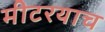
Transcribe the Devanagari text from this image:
मीटरयाच